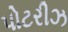
પોટરીઝ